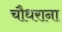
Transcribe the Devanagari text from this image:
चौधराना